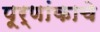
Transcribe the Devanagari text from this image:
पूर्णांकाचे